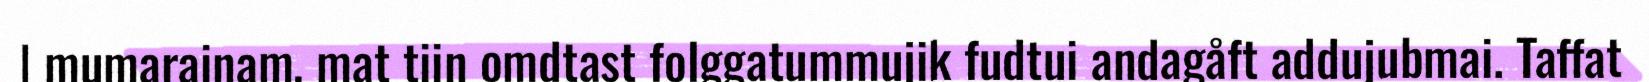
| mumarainam, mat tiin omdtast folggatummujik fudtui andagåft addujubmai. Taffat